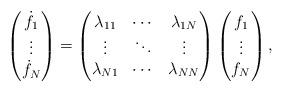
\begin{align*}\begin{pmatrix}{\dot{f}}_1\\\vdots\\{\dot{f}}_N\end{pmatrix}=\begin{pmatrix}\lambda_{11} & \cdots & \lambda_{1N}\\\vdots & \ddots & \vdots\\\lambda_{N1} & \cdots & \lambda_{NN}\end{pmatrix}\begin{pmatrix}f_1\\\vdots\\f_N\end{pmatrix},\end{align*}